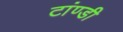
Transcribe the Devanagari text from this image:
टांण्डी